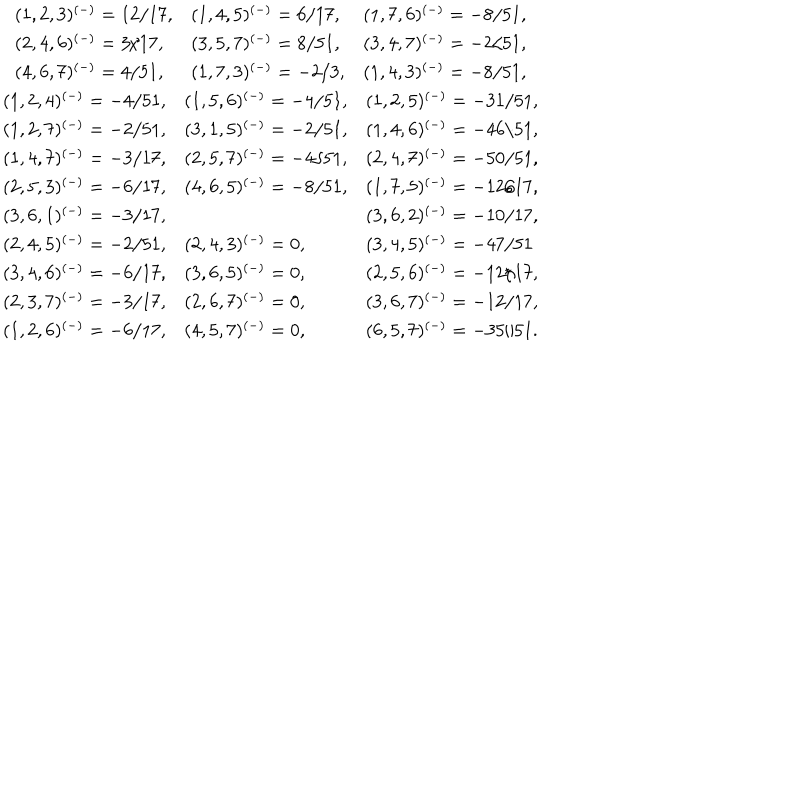
\begin{array} { c } { { \begin{array} { l l l } { { ( 1 , 2 , 3 ) ^ { ( - ) } = 1 2 / 1 7 , } } & { { ( 1 , 4 , 5 ) ^ { ( - ) } = 6 / 1 7 , } } & { { ( 1 , 7 , 6 ) ^ { ( - ) } = - 8 / 5 1 , } } \\ { { ( 2 , 4 , 6 ) ^ { ( - ) } = 3 / 1 7 , } } & { { ( 3 , 5 , 7 ) ^ { ( - ) } = 8 / 5 1 , } } & { { ( 3 , 4 , 7 ) ^ { ( - ) } = - 2 / 5 1 , } } \\ { { ( 4 , 6 , 7 ) ^ { ( - ) } = 4 / 5 1 , } } & { { ( 1 , 7 , 3 ) ^ { ( - ) } = - 2 / 3 , } } & { { ( 1 , 4 , 3 ) ^ { ( - ) } = - 8 / 5 1 , } } \\ \end{array} } } \\ { { \begin{array} { l l l } { { ( 1 , 2 , 4 ) ^ { ( - ) } = - 4 / 5 1 , } } & { { ( 1 , 5 , 6 ) ^ { ( - ) } = - 4 / 5 1 , } } & { { ( 1 , 2 , 5 ) ^ { ( - ) } = - 3 1 / 5 1 , } } \\ { { ( 1 , 2 , 7 ) ^ { ( - ) } = - 2 / 5 1 , } } & { { ( 3 , 1 , 5 ) ^ { ( - ) } = - 2 / 5 1 , } } & { { ( 1 , 4 , 6 ) ^ { ( - ) } = - 4 6 / 5 1 , } } \\ { { ( 1 , 4 , 7 ) ^ { ( - ) } = - 3 / 1 7 , } } & { { ( 2 , 5 , 7 ) ^ { ( - ) } = - 4 / 5 1 , } } & { { ( 2 , 4 , 7 ) ^ { ( - ) } = - 5 0 / 5 1 , } } \\ { { ( 2 , 5 , 3 ) ^ { ( - ) } = - 6 / 1 7 , } } & { { ( 4 , 6 , 5 ) ^ { ( - ) } = - 8 / 5 1 , } } & { { ( 1 , 7 , 5 ) ^ { ( - ) } = - 1 2 / 1 7 , } } \\ { { ( 3 , 6 , 1 ) ^ { ( - ) } = - 3 / 1 7 , } } & { { } } & { { ( 3 , 6 , 2 ) ^ { ( - ) } = - 1 0 / 1 7 , } } \\ { { ( 2 , 4 , 5 ) ^ { ( - ) } = - 2 / 5 1 , } } & { { ( 2 , 4 , 3 ) ^ { ( - ) } = 0 , } } & { { ( 3 , 4 , 5 ) ^ { ( - ) } = - 4 7 / 5 1 } } \\ { { ( 3 , 4 , 6 ) ^ { ( - ) } = - 6 / 1 7 , } } & { { ( 3 , 6 , 5 ) ^ { ( - ) } = 0 , } } & { { ( 2 , 5 , 6 ) ^ { ( - ) } = - 1 2 / 1 7 , } } \\ { { ( 2 , 3 , 7 ) ^ { ( - ) } = - 3 / 1 7 , } } & { { ( 2 , 6 , 7 ) ^ { ( - ) } = 0 , } } & { { ( 3 , 6 , 7 ) ^ { ( - ) } = - 1 2 / 1 7 , } } \\ { { ( 1 , 2 , 6 ) ^ { ( - ) } = - 6 / 1 7 , } } & { { ( 4 , 5 , 7 ) ^ { ( - ) } = 0 , } } & { { ( 6 , 5 , 7 ) ^ { ( - ) } = - 3 5 / 5 1 . } } \\ \end{array} } } \\ \end{array}